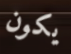
يكون